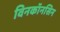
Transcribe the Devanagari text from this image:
विनकॉनसिन